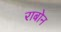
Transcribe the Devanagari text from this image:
राबोन